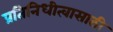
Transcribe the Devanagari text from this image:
प्रतिनिधीत्वासाठी